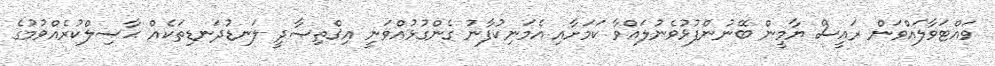
ވައްޓަވާލައްވަން ރައީސް ޔާމީން ބޭނުންފުޅުވެނުލައްވާ ކަމަށާއި އެމަނިކުފާނު ގެންގުޅުއްވަނީ އިޤްތިޞާދީ ލަނޑުދަނޑިތަކެއް ޙާޞިލްކުރެއްވުމުގެ